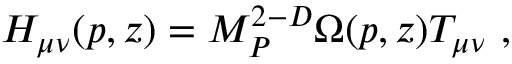
H _ { \mu \nu } ( p , z ) = M _ { P } ^ { 2 - D } \Omega ( p , z ) T _ { \mu \nu } ~ ,